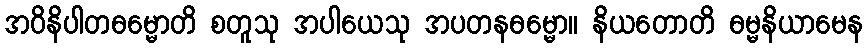
အဝိနိပါတဓမ္မောတိ စတူသု အပါယေသု အပတနဓမ္မော။ နိယတောတိ ဓမ္မနိယာမေန